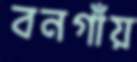
বনগাঁয়